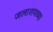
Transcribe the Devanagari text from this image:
जलाशयच्या